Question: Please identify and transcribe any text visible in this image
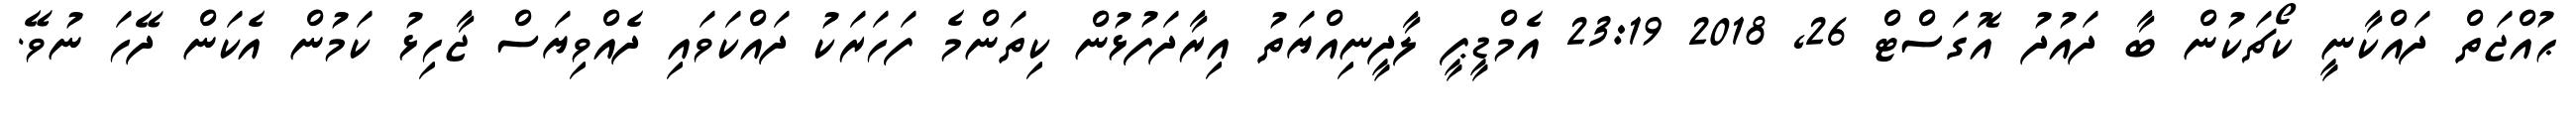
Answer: ޙުއްޖަތް ދައްކާނީ ކޯޗަކުން ބާ ދައުދު އޮގަސްޓް 26, 2018 23:19 އެމްޑީޕީ ލާދީނިއްޔަތު އިރާދަފުޅުން ކިތަންމެ ފަހަރަކު ދައްކަވައި ދެއްވިޔަސް ޖާހިޅު ކަމުން އެކަން ދޭހަ ނުވޭ.